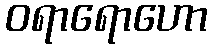
ဝရာရောဟော